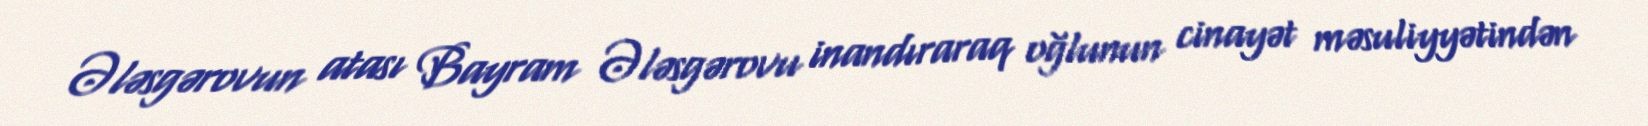
Ələsgərovun atası Bayram Ələsgərovu inandıraraq oğlunun cinayət məsuliyyətindən